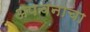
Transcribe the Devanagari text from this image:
अपचनाचा